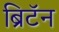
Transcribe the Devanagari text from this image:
ब्रिटॅन